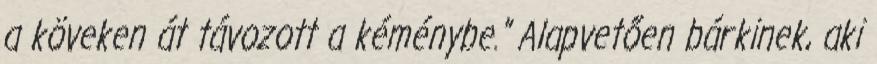
a köveken át távozott a kéménybe.” Alapvetően bárkinek, aki